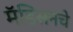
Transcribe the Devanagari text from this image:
मॅडिसनचे